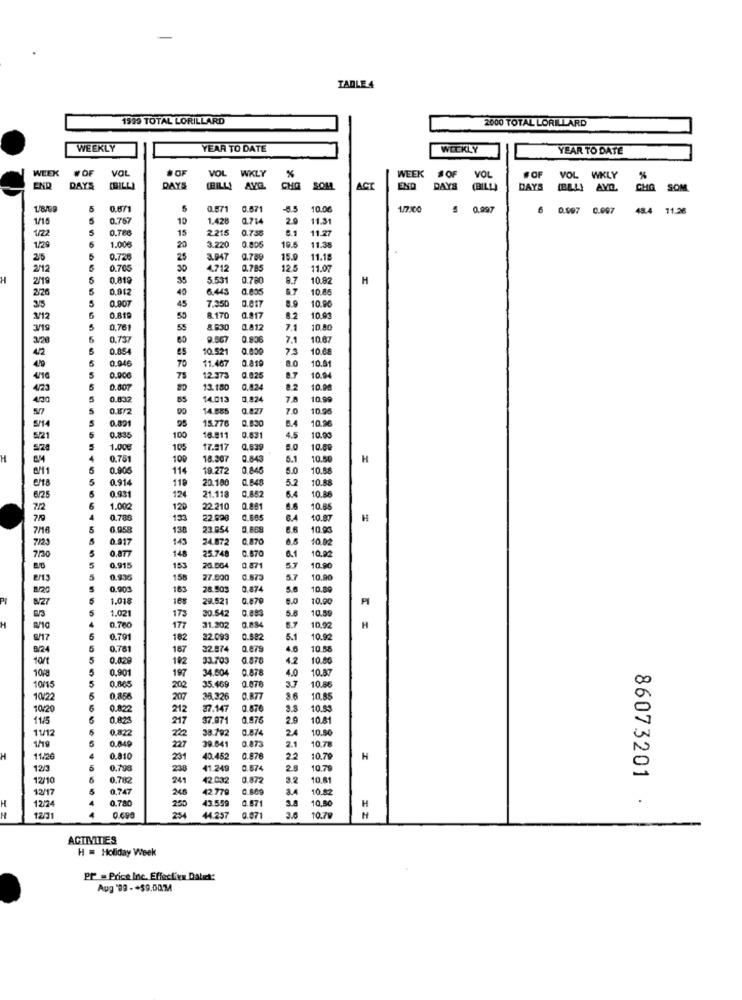
TADLE 4
1999 TOTAL LORILLARD
2000 TOTAL LORILLARD
WEEKLY
YEAR TO DATE
WEEKLY
YEAR TO DATE
WEEK #OF
VOL
#OF
VOL
WEEK
WKLY
#OF
VOL
#OF
VOL WKLY
%
END
DAYS
(BILLI
DAYS
(BILL!
AVG
CHO
SOM
ACT
END
DAYS
(BILL)
DAYS
AVQ.
CHG SOM
1/8/99
5
0.671
5
0.571
0.671
-6.5
10.06
1/7/00
0,997
6
0.097 0.097
48.4 11.26
1/15
5
0.75
10
1.428
0.714
20
11.31
5
0.786
15
2215
0.730
11.27
1/22
1/29
1.00
20
3.220
0.805
19.5
11.38
25
0.72
25
3.947
15.0
11.18
2/12
0.76
30
4.712
0.785
12.5
11.07
H
2/19
35
5.531
0.780
8.7
10.82
H
2/26
40
6.443
0.835
10.86
5
0.90
45
7.350
10.90
3/5
3/12
0.81
55
8.170
0.817
12
10.9
3/19
5
0,76
55
8.830
0.812
7.1
10.8
320
6
0,73
60
9.567
0.806
7.1
10.6
4/2
0.05
10.521
0,000
10.6
11.467
3.0
10.4
0.946
70
0.819
0.006
75
12.373
0.825
8.7
10.94
473
0.807
80
13.180
0.824
8.2
10.00
4/30
0.832
85
14.013
0.824
7.8
10.99
0.8/2
90
14.885
10.9
0.89
95
0,830
10.9
5/14
15.776
5.5
5/21
0.83
100
16.811
0.831
10.00
528
1.00€
105
17.317
0,639
10.00
H
0.75
100
18.207
0.843
5.1
10.50
H
9/11
0.905
114
19.272
0.846
5.0
10.88
0.914
118
20.180
0.840
5.2
10.88
21.118
8/25
0.93
124
0,852
10.88
72
1.002
120
22.210
0.861
8.6
10.8
710
0,780
133
22.620
10.87
H
776
130
23.954
0.869
B.6
10.00
0.917
143
24.872
0.870
6.5
10.02
7123
0.877
148
25.748
0.870
6.1
10.92
730
0.915
153
20.004
0.87
5.7
10.9
158
27.000
0.873
5.7
10.90
8/20
0,903
163
28.503
0.874
5.6
10.89
8/27
1.018
108
29.521
0.870
10.0
1.021
173
0.883
10.5
20.542
5.8
10.92
H
H
8/10
0.760
177
31.302
0.884
5.7
8/17
0.791
182
22.093
0.582
5.1
10.92
824
0.761
167
32.974
Q.875
10.68
10/t
0.829
102
33.703
0.870
10.80
0,90
197
34.604
0.678
4.0
10.87
108
10/15
0,865
200
35.469
3.7
10.8
10/22
0.856
207
38,326
0.877
3.6
10.85
10/20
0.822
212
37.147
0.876
3.8
10.53
11/5
0.825
217
37.971
0.875
2.9
10.81
11/12
0,82
22
38.792
0.874
2
10.80
39.641
0.873
2.1
10.78
1/19
0.849
227
H
11/26
0.810
231
40.452
0.876
22
10.79
H
12/3
5
0,798
238
11.249
0.674
2.
10.78
86073201
12/10
0.782
241
42.032
0.872
10.81
12/17
0,74
248
42.779
3.4
10.82
H
0.780
250
43.559
0.871
10,80
.
12/24
H
H
12/31
0.690
254
44.257
0.871
3.0
10.79
H
ACTIVITIES
H = Holiday Week
PP = Price Inc. Effective Datech:
Aug '89 - +$9.00M